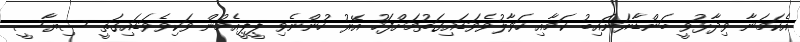
އެކަމަނާ ވިދާޅުވީ ބަންޑާރަނައިބު ކަމާއި ހަވާލުވެވަޑައިގަތުމަށްފަހު އޭރު ހުންނެވި ޕީޕީއެމުން ވަކިވެވަޑައިގަތީ ސިޔާސީ